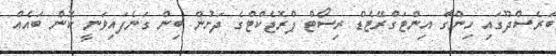
ބަރެސްދޫގައި ހިންގާ އިންޓަގްރޭޓެޑް ރިސޯޓް ޕްރޮޖެކްޓްގެ ދަށުން ބިން ގަނެފައިވަނީ ކޮން ބައެއް